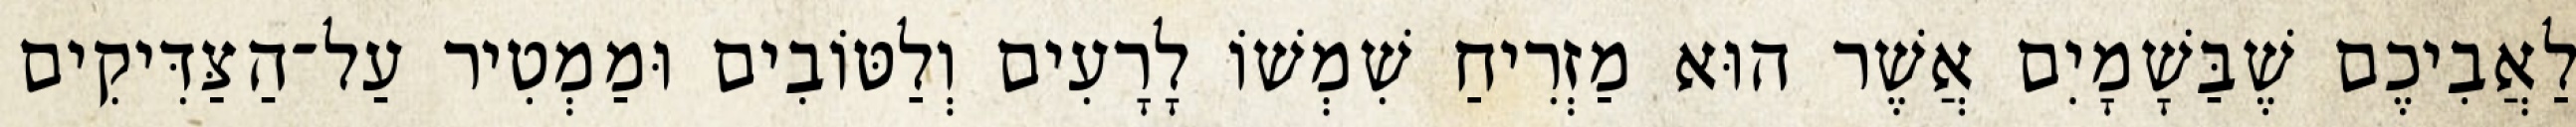
לַאֲבִיכֶם שֶׁבַּשָׁמָיִם אֲשֶׁר הוּא מַזְרִיחַ שִׁמְשׁוֹ לָרָעִים וְלַטּוֹבִים וּמַמְטִיר עַל־הַצַּדִּיקִים